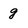
Character: g